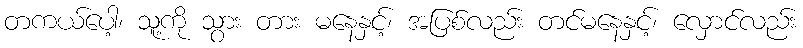
တကယ်ပေါ့၊ သူ့ကို သွား တား မနေနှင့်၊ အပြစ်လည်း တင်မနေနှင့်၊ လှောင်လည်း